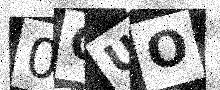
Text: 0OUO